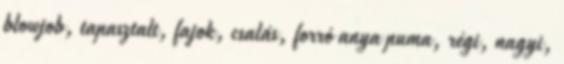
blowjob, tapasztalt, fajok, csalás, forró anya puma, régi, nagyi,